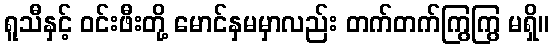
ရူသီနှင့် ဝင်းဖီးတို့ မောင်နှမမှာလည်း တက်တက်ကြွကြွ မရှိ။